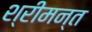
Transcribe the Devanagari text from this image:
श्रीमन्त